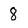
Character: 8